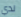
لدي